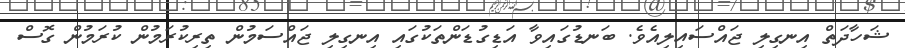
ޝަހާދަތް އިނގިލި ޖައްސައިލިއެވެ. ބަނޑުގައިވާ އަޑިގުޑަންތަކުގައި އިނގިލި ޖައްސަމުން ތިރިކުރަމުން ކުރަމުން ގޮސް